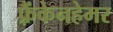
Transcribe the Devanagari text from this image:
फ़्रैंकेनहेमर